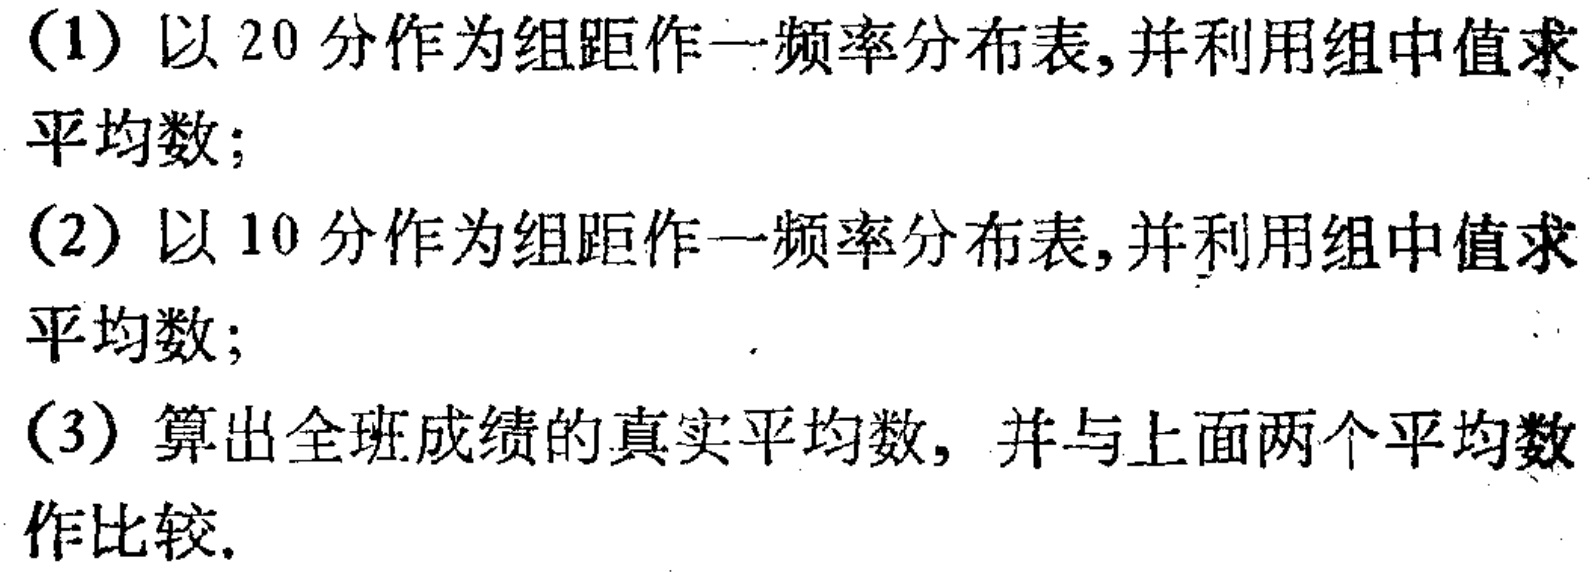
(1) 以 20 分作为组距作一频率分布表,并利用组中值求平均数;
(2) 以 10 分作为组距作一频率分布表,并利用组中值求平均数;
(3) 算出全班成绩的真实平均数, 并与上面两个平均数作比较.